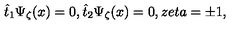
\hat { t } _ { 1 } \Psi _ { \zeta } ( x ) = 0 , \hat { t } _ { 2 } \Psi _ { \zeta } ( x ) = 0 , z e t a = \pm 1 ,